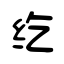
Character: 纥